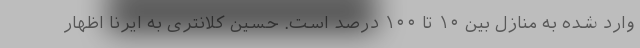
وارد شده به منازل بین ۱۰ تا ۱۰۰ درصد است. حسین کلانتری به ایرنا اظهار